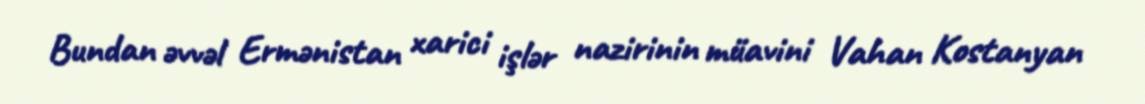
Bundan əvvəl Ermənistan xarici işlər nazirinin müavini Vahan Kostanyan